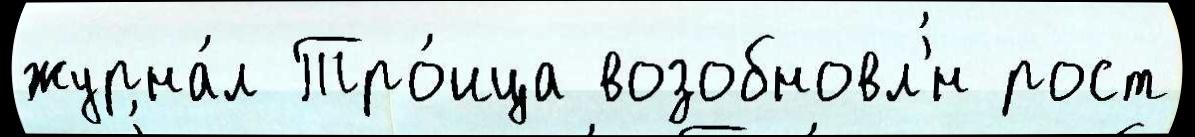
журна́л Тро́ица возобновл'́н рост